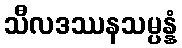
သီလဒဿနသမ္ပန္နံ